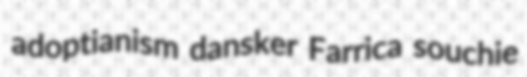
adoptianism dansker Farrica souchie